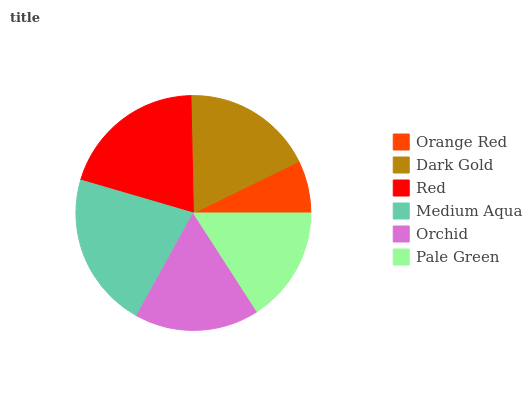
| Orange Red | Dark Gold | Red | Medium Aqua | Orchid | Pale Green |
 | --- | --- | --- | --- | --- | --- |
 | 7.23% | 18.1% | 20.2% | 21.5% | 17.2% | 15.9% |